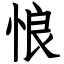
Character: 悢